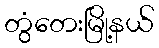
တွံတေးမြို့နယ်